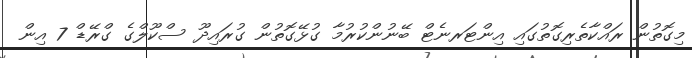
މިގޮތުން ރައްކާތެރިގޮތުގައި އިންޓަރނެޓް ބޭނުންކުރުމާ ގުޅޭގޮތުން ގުރައިދޫ ސްކޫލްގެ ގްރޭޑް 7 އިން